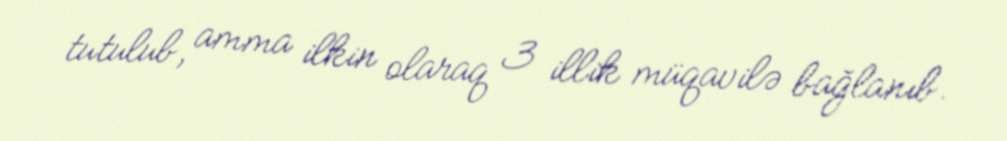
tutulub, amma ilkin olaraq 3 illik müqavilə bağlanıb.